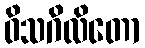
ဝိသဂိလိတော